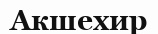
Акшехир